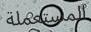
المستعملة